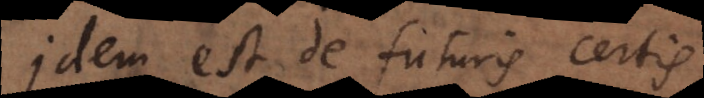
Idem est de futuris certis